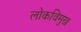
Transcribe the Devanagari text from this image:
लोकविमुख